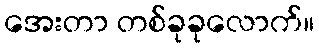
အေးတာ တစ်ခုခုလောက်။